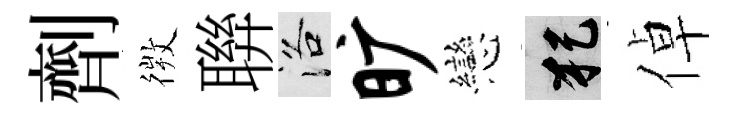
劑𢕄聨洛旷戀犯倬